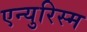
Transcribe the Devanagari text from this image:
एन्युरिस्म